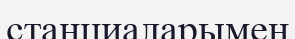
станциаларымен